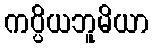
ကပ္ပိယဘူမိယာ